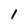
Character: 1